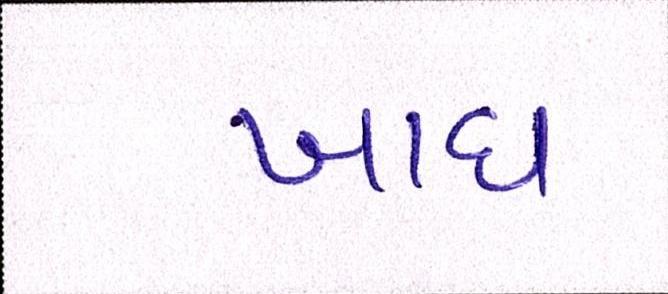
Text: ખાધ